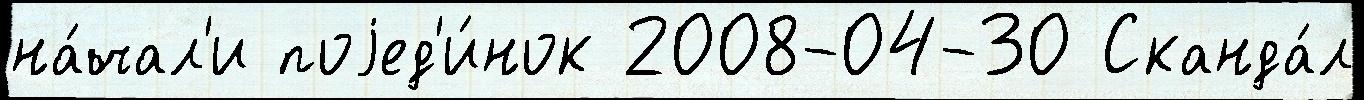
на́чал'и поjед'и́нок 2008-04-30 Сканда́л